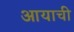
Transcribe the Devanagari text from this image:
आयाची